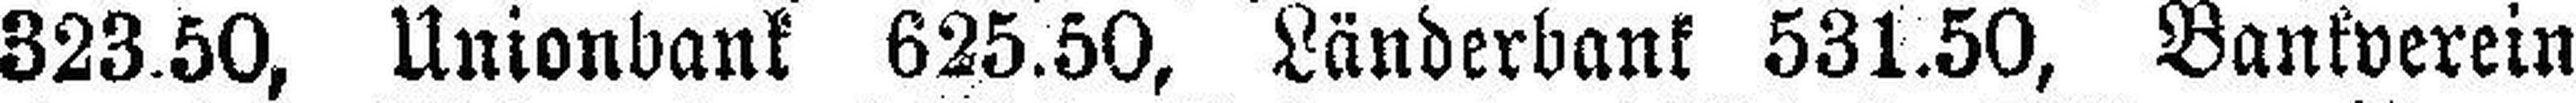
823.50, Unionbank 625.50, Länderbank 531.50, Bankverein